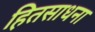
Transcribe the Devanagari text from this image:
हितसाधना